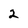
Character: 2